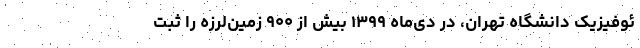
ئوفیزیک دانشگاه تهران، در دی‌ماه ۱۳۹۹ بیش از ۹۰۰ زمین‌لرزه را ثبت